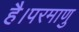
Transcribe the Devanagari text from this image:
है।परमाणु